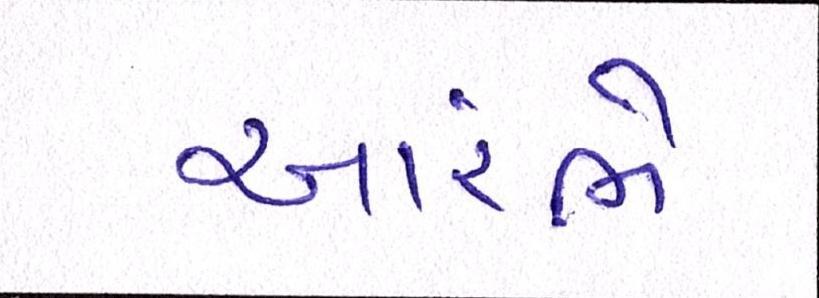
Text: આરંભે